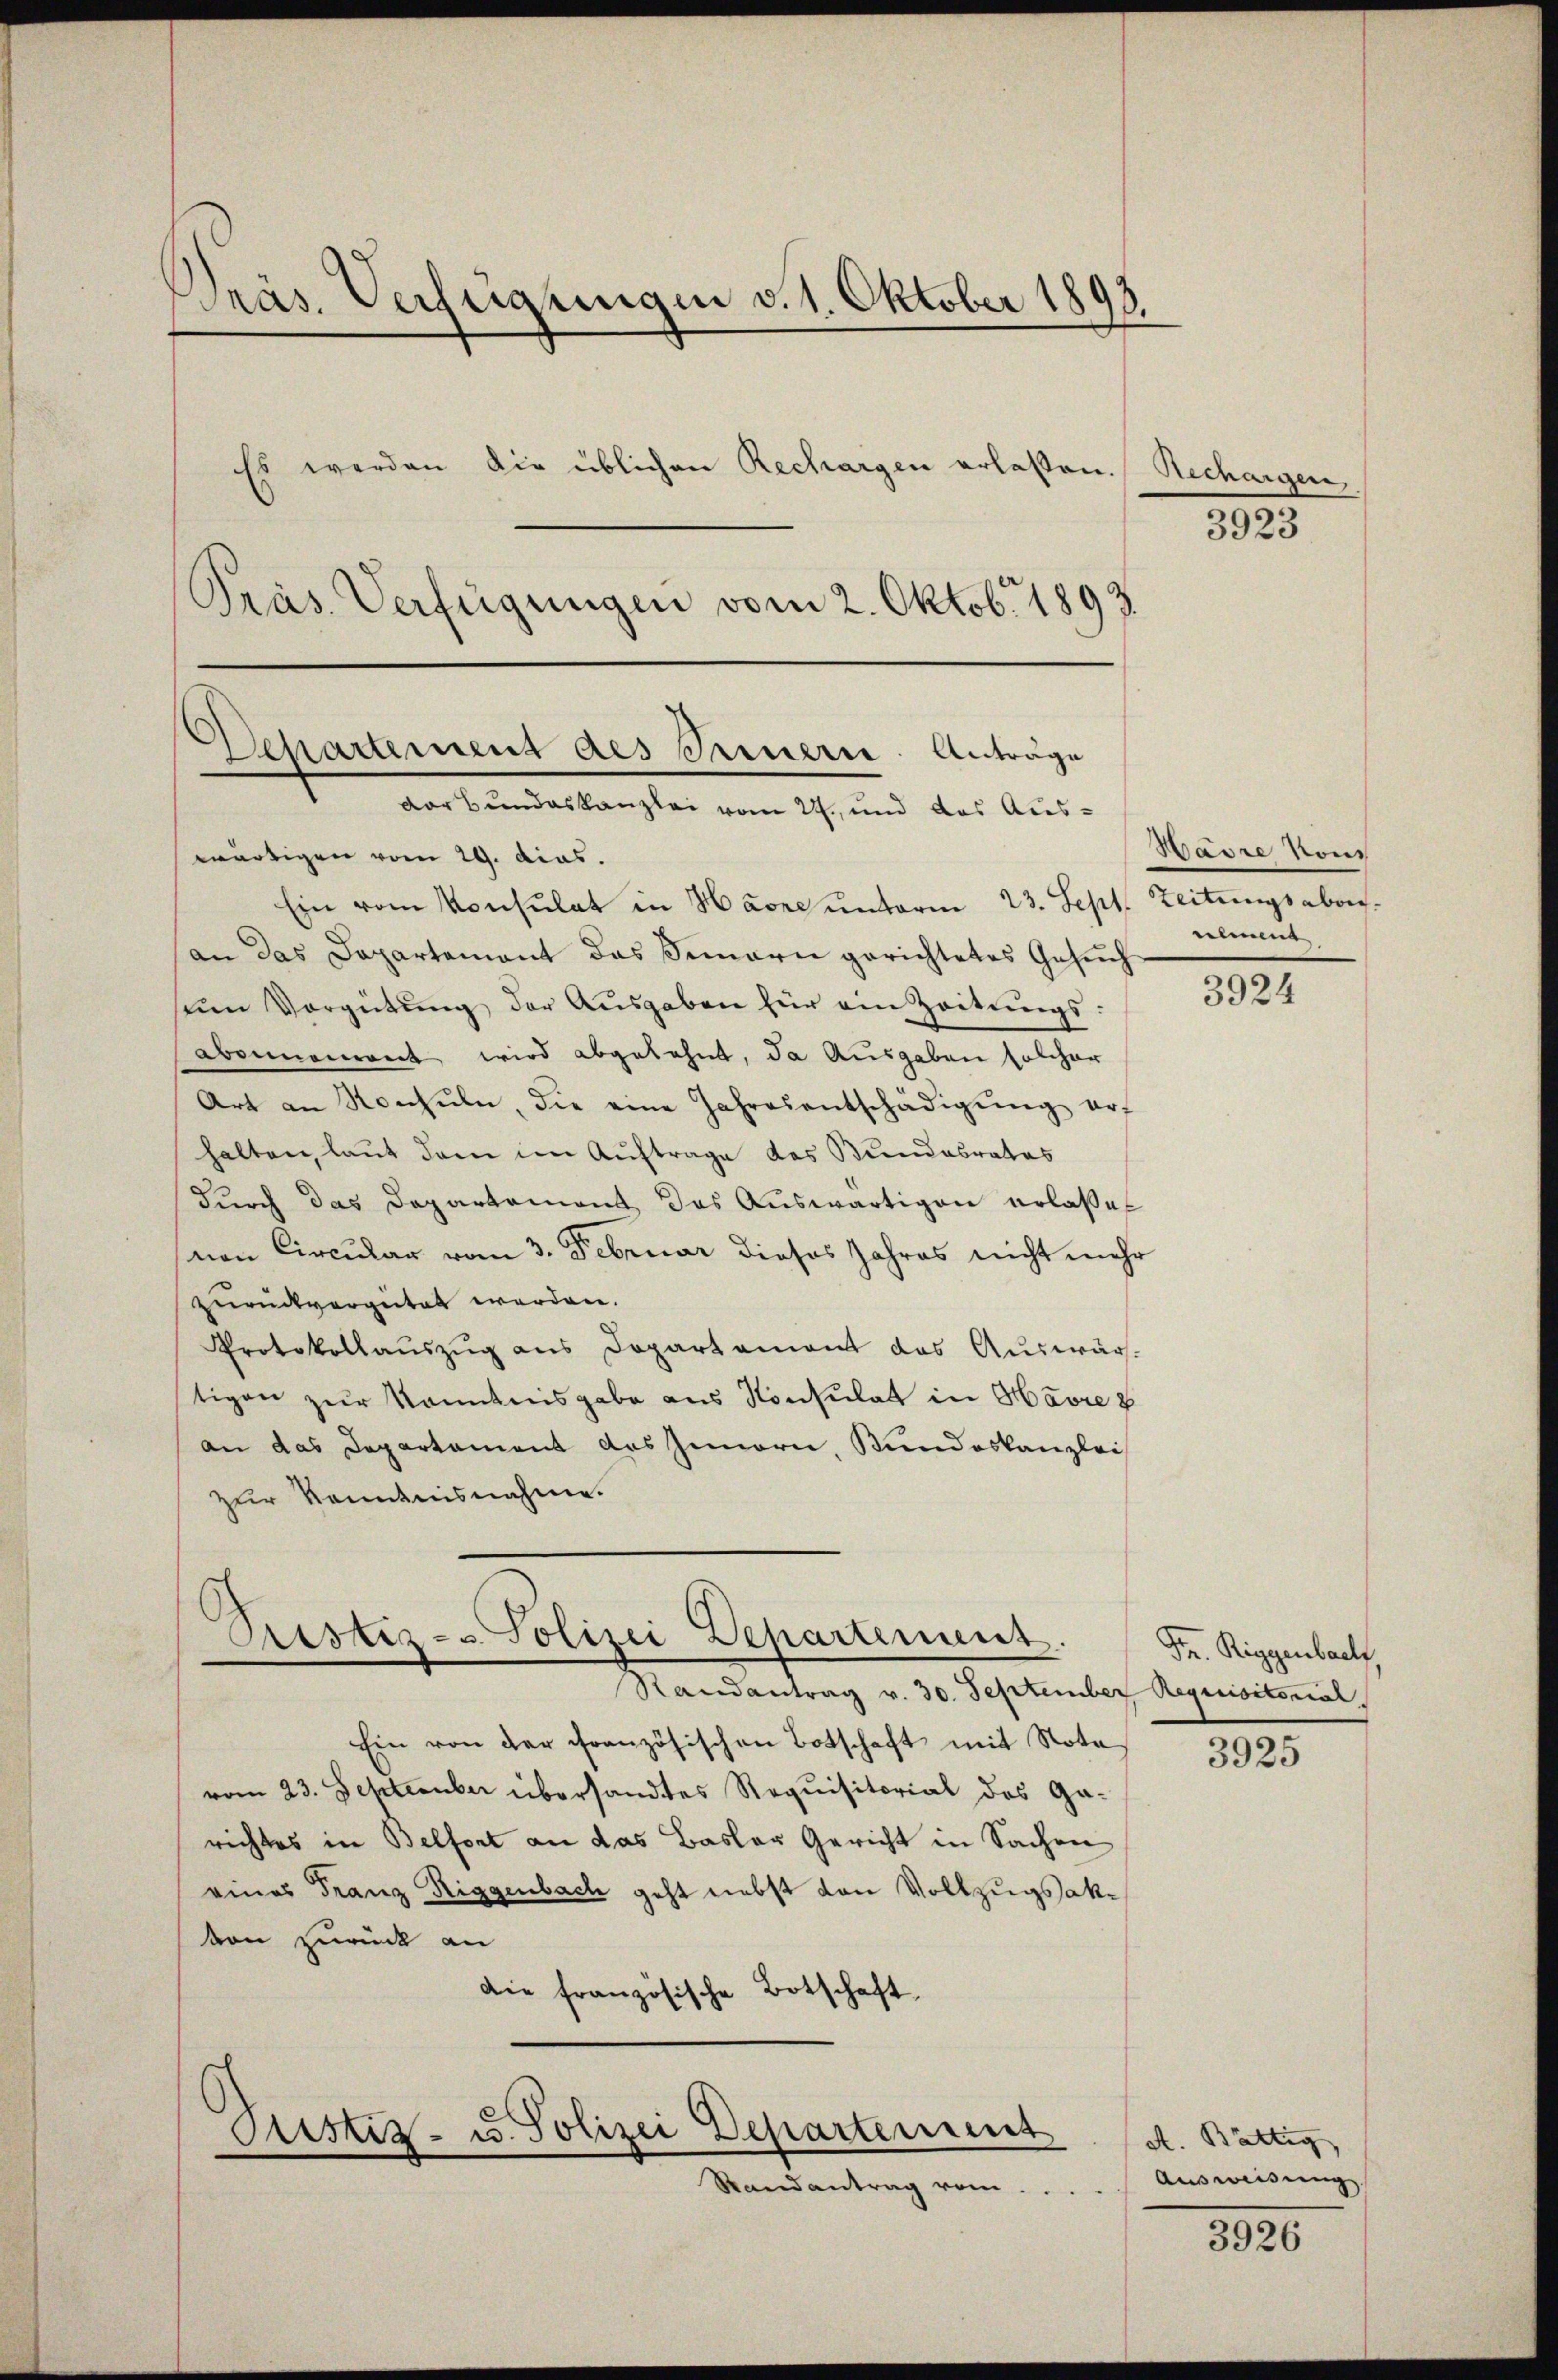
Präs. Verfügungen v. 1. Oktober 1893.
Es werden die üblichen Rechargen erlaßen.
Präs. Verfügungen vom 2. Oktob. 1893

wärtigen vom 29. dies.
Ein vom Konsulat in Hanne unterm 23. Sept. Zeitungsabon.
an das Departement das Semarie gerichtetes Gesŭch
sem Vergütŭng der Aŭsgaben für ein Zeitŭngs-
abernoment wird abgelehnt, da Ausgaben solcher
Art an Konsŭln, die eine Jahresentschädigŭng erf
halten, laut dann im Auftrage des Bundesrates
durch das Departement das Auswärtigen erlaßet
von Circular vom 3. Februar dieses Jahres nicht mehr
zurückvergütet werden.
Protokollaŭszŭg ans Departament das Auswär-
tigen zur Kenntnisgabe aus Konsulat in Havre 2
an das Departament das Zenorn, Bundeskanzlei
zur Kenntnisnahme.

Departement des Fernern. Anträge
" Darbundeskanzlei vom 22. und das Aus-

Prestiz- Polizei Departement.
Randantrag v. 30. September Requisitorial.

d
Sistiz- u. Polizei Departement

Randantrag vom

Rechargen,

Ein von der Französischen Botschaft mit Nota
vom 23. September übersandtes Requisitorial des Garichtes in Belfort an das Basler Gericht in Sachen
eines Franz Riggenbach geht nebst von Vollzugsakvon zurück an
Die französische Botschaft

3923

Havre von
eilmend

3924

Fr. Riggenbach

3925

A. Bättig
Ausweisung

3926